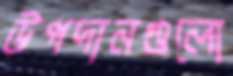
উপদানগুলো